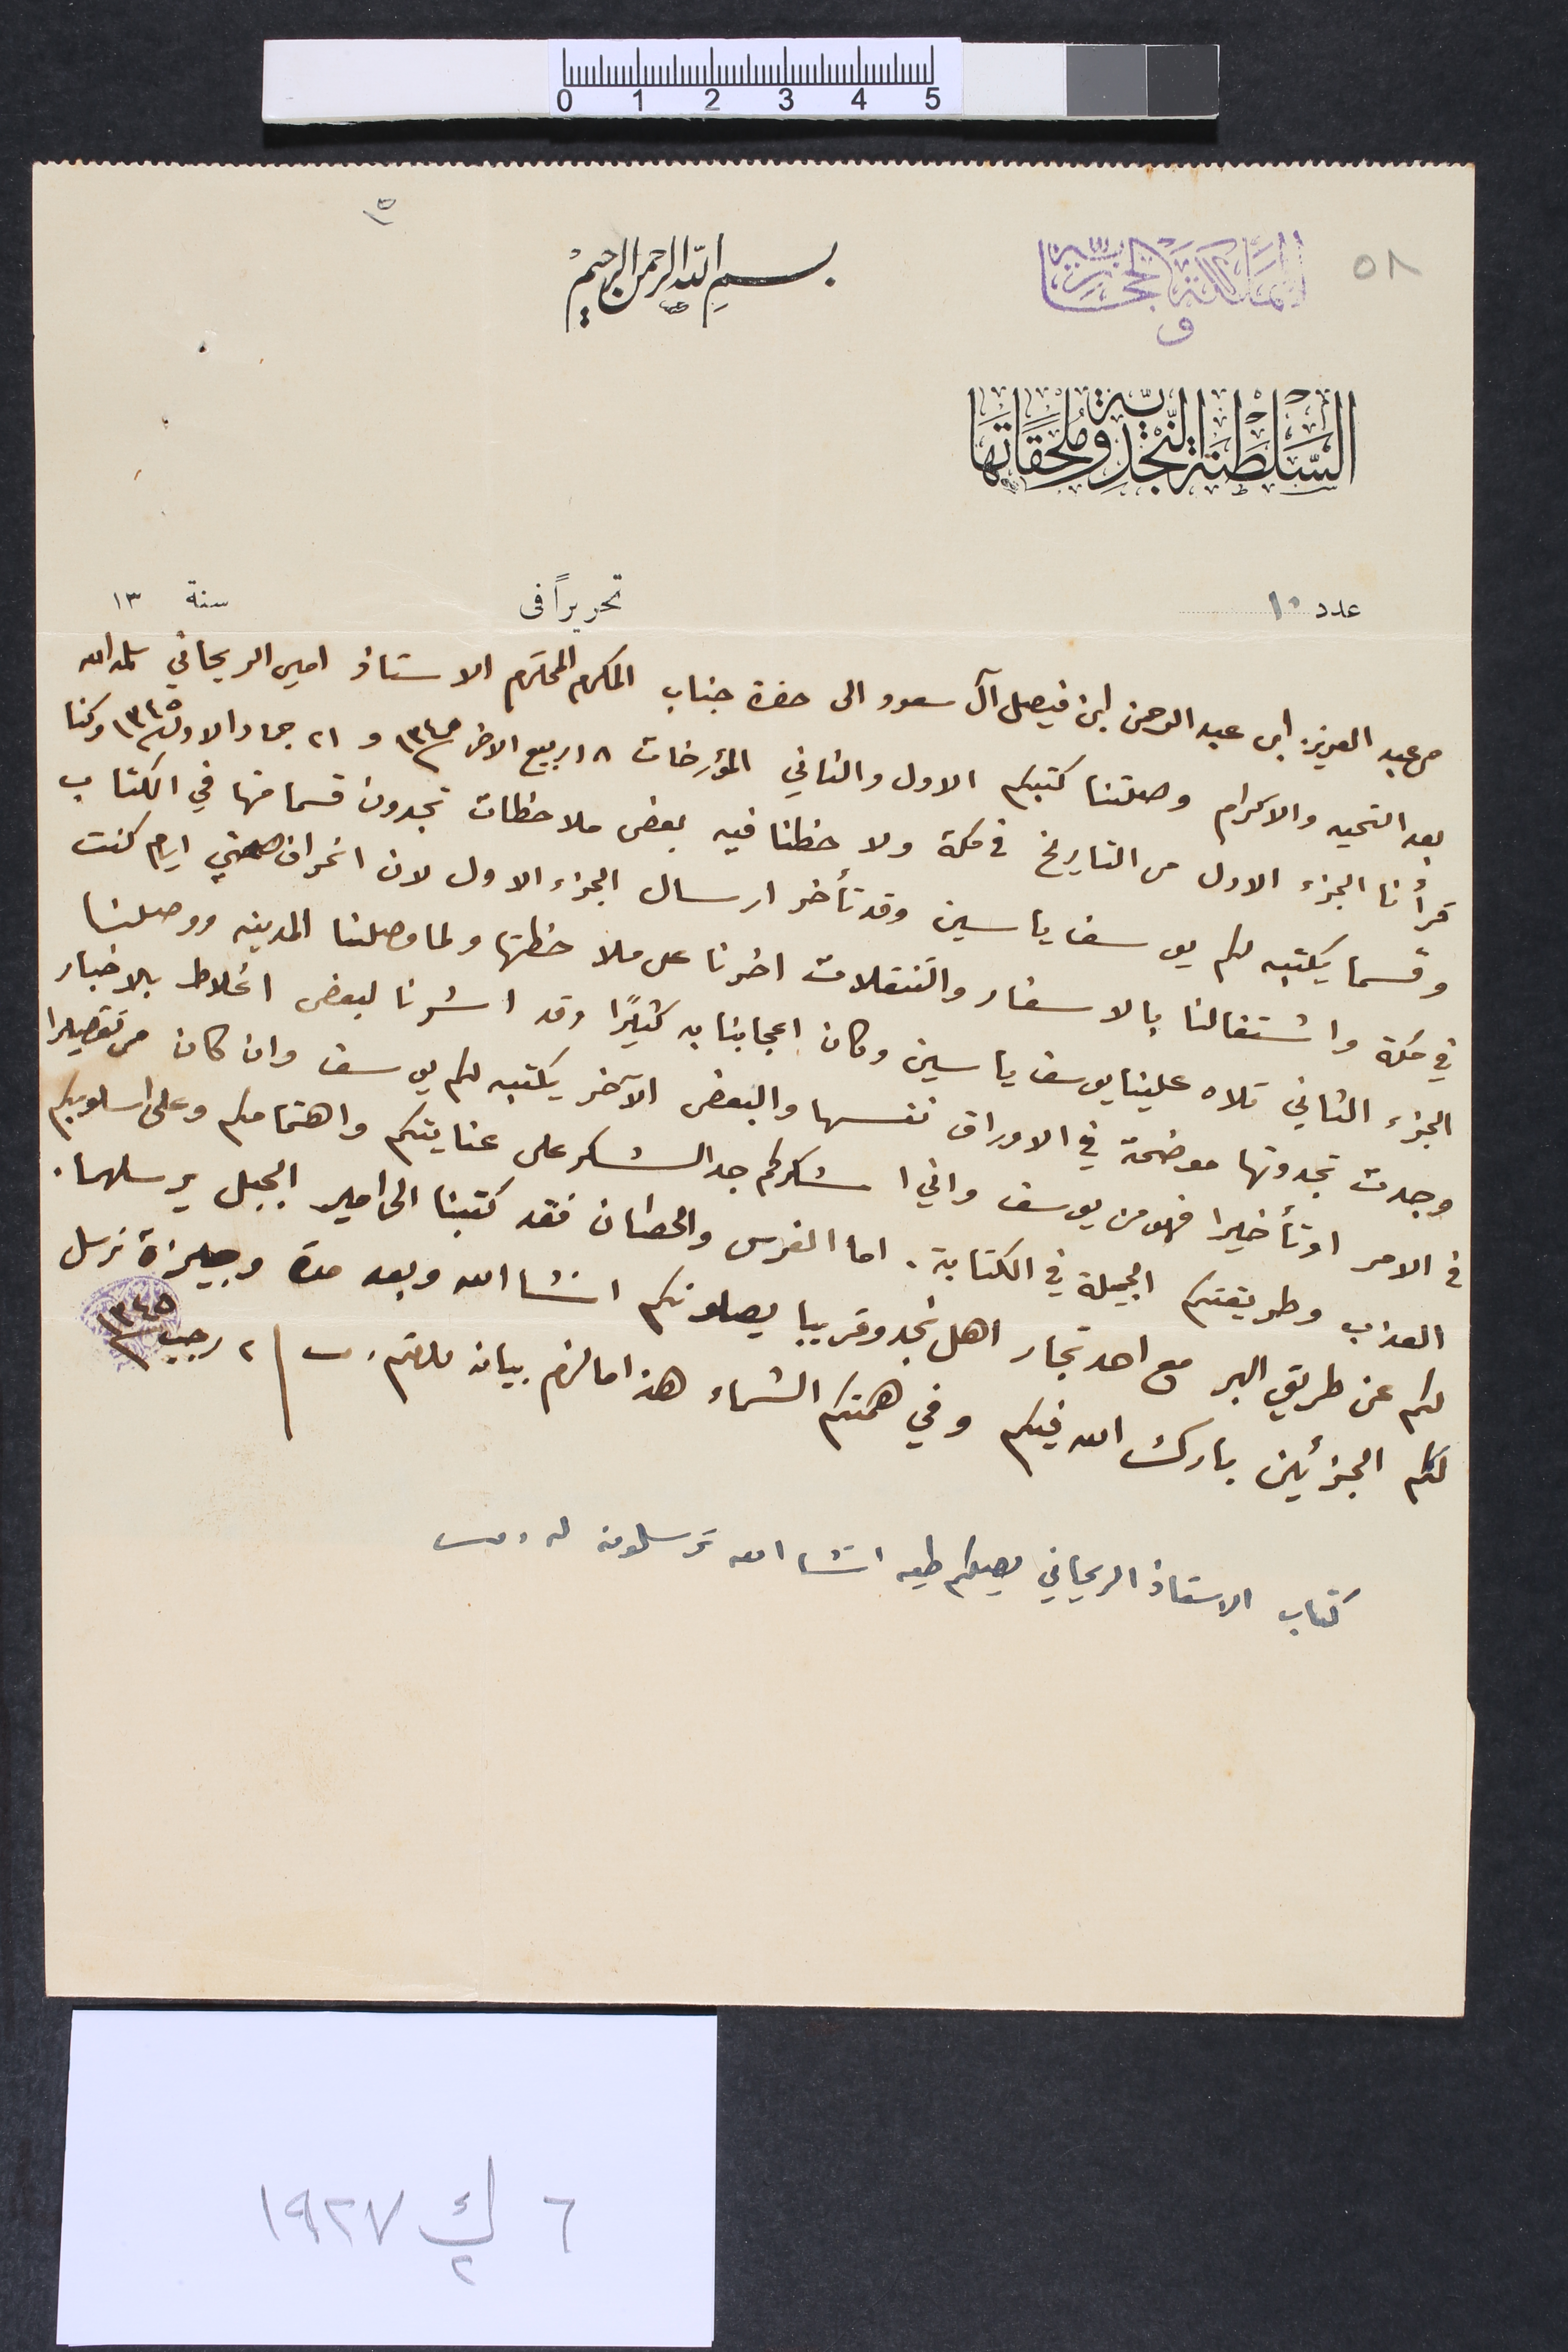
٥٨	 المَملَكَة الحجازِيةّ	 و	 السَلطَنَة النّجديّة ومُلحَقَاتَها
بسمِ الله الرحمن الرحيم
عدد ١٠					تحريراً فى			سنة	١٣
من عبد العزيز ابن عبد الرحمن ابن فيصل آل سعود الى حضرة جناب المكرم المحترم الاستاذ امين الريحاني سلمه الله
بعد التحيه والاكرام وصلتنا كتبكم الاول والثاني المؤرخات ١٨ ربيع الاخر سنة ١٣٤٥ و٢١ جماد الاول سنة ١٣٤٥ وكنا
قرأنا الجزء الاول من التاريخ فى مكة ولاحظنا فيه بعض ملاحظات تجدون قسما منها في الكتاب
وقسما يكتبه لكم يوسف ياسين وقد تأخر ارسال الجزء الاول لان انحراف صحتي ايام كنت
في مكة واشتغالنا بالاسفار والتنقلات اخرنا على ملاحظتها ولما وصلنا المدينه ووصلنا
الجزء الثاني تلاه علينا يوسف ياسين وكان اعجابنا به كثيراً وقد اشرنا لبعض اغلاط بالاخبار
وجدت تجدونها موضحة في الاوراق نفسها والبعض الآخر يكتبه لكم يوسف وان كان من تقصيرا
فى الامر او تأخيرا فهو من يوسف واني اشكركم جد الشكر على عنايتكم واهتمامكم وعلى اسلوبكم
العذب وطريقتكم الجميلة في الكتابة. اما الفرس والحصان فقد كتبنا الى امير الجبل يرسلهما.
لكم عن طريق البر مع احد تجار اهل نجد وقريبا يصلونكم انشاالله وبعد مدة وجيزة نرسل
لكم الجزئين بارك الله فيكم وفي همتكم الشماء هذا ما لزم بيانه ودمتم. 	٢ رجب ١٣٤٥
كتاب الاستاذ الريحاني يصلكم طيه انشا الله ترسلونه له
٦ ك٢ ١٩٢٧